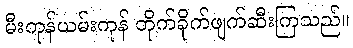
မီးကုန်ယမ်းကုန် တိုက်ခိုက်ဖျက်ဆီးကြသည်။